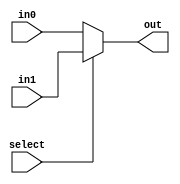
module mux_2_1B(out, select, in0, in1);
	input select;
	input in0, in1;
	output out;
	assign out = select ? in1 : in0;
endmodule